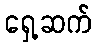
ရှေ့ဆက်